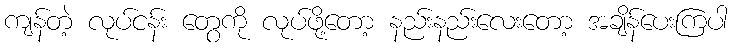
ကျန်တဲ့ လုပ်ငန်း တွေကို လုပ်ဖို့တော့ နည်းနည်းလေးတော့ အချိန်ပေးကြပါ